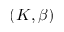
( K , \beta )